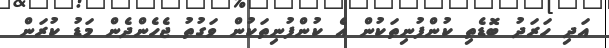
އަދި ހަރަދު ބޮޑެތި ކުންފުނިތަކުން އެ ކުންފުނިތަކުން ވަގުތު ޖެހެންދެން މަޑު ކުރަން